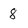
Character: 8